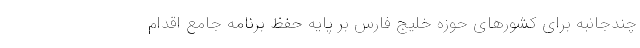
چندجانبه برای کشورهای حوزه خلیج فارس بر پایه حفظ برنامه جامع اقدام